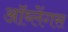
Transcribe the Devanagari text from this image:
ऑब्लेंगस